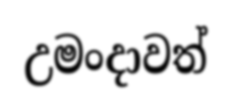
උමංදාවත්